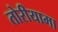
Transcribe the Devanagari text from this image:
तोरीयामा